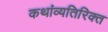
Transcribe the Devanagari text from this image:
कथांव्यतिरिक्त